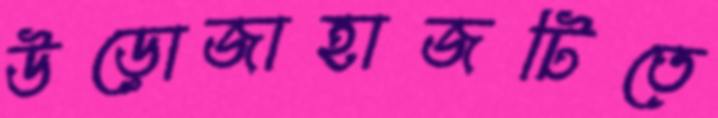
উড়োজাহাজটিতে